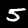
Label: 5